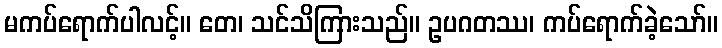
မကပ်ရောက်ပါလင့်။ တေ၊ သင်သိကြားသည်။ ဥပဂတဿ၊ ကပ်ရောက်ခဲ့သော်။